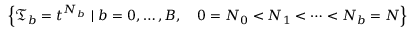
\Big \{ \mathfrak { T } _ { b } = t ^ { N _ { b } } \ | \ b = 0 , \dots , B , \quad 0 = N _ { 0 } < N _ { 1 } < \dots < N _ { b } = N \Big \}